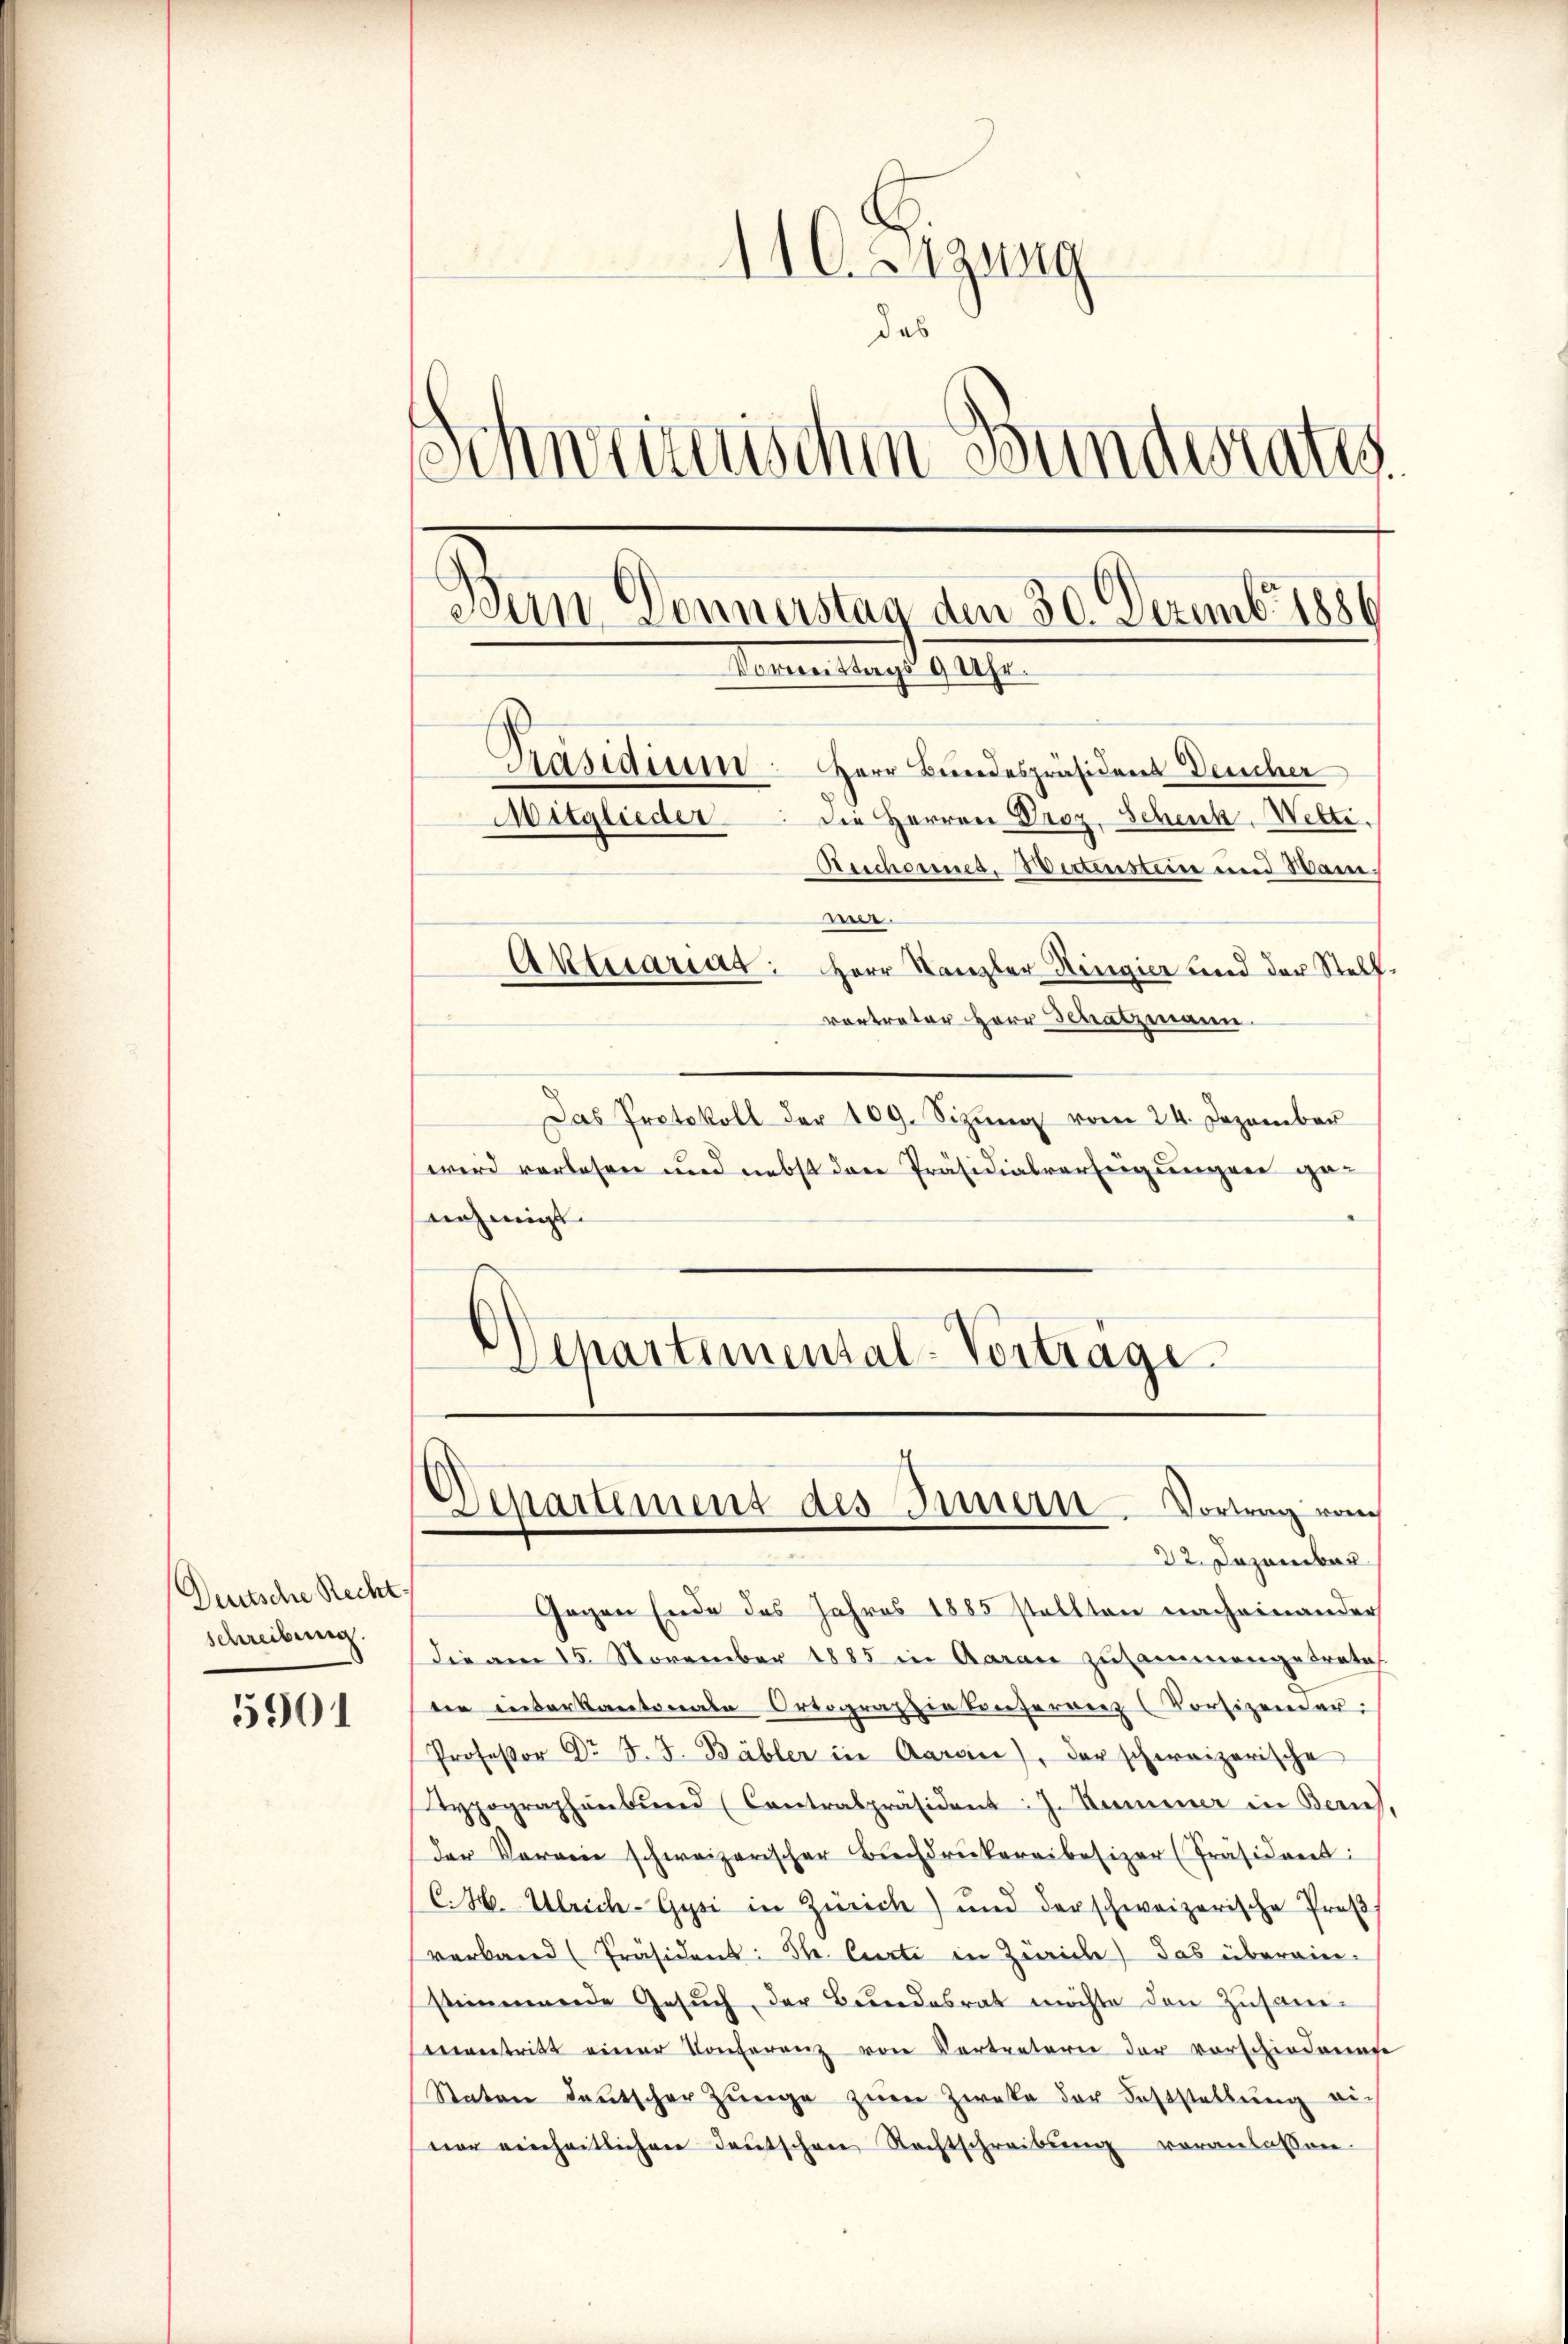
Deutsche Recht,
schreibung.

5901

i
110. anzung
das
Schweizerischen Bundesrates.
Bun Donnerstag den 30. Dezember 1886
Vormittags 9 Uhr.
Präsidium Herr Bundespräsidens Deucher
die Herren Droz. Schenk, Welti.
Mitglieder
Rerchornes, Wertenstein und Wander.
Aktesarias: Herr Kanzler Hingier und der Stellvortreter Herr Schatzmann.

Das Protokoll der 109. Sizŭng vom 24. Dezember
wird vorlesen und nebst den Präsidialverfügungen genehmigt.
6)
Separtemental-Vortrage

Departement des Innern Vortrag vo
22. Dezember

Gegen Ende des Jahres 1885 stellten nach einander
Die am 15. November 1885 in Aarau zusammengetrates
die interkantonale Ortographie Conferenz (Korsizender.
Professor Dr J. J. Bäbler in Aarein), der schweizerische
Typographenbŭnd (Contralpräsident: J. Nummer in Zürich,
der Verein schweizerischen Buchdruckereibesizer (Präsident:
(C.H. Ulrich-Gysi in Zürich) und der schweizerische Prof
verband (Präsident: Str. Curti in Zürich) das überein-
stimmende Gesŭch, der Bŭndesrat möchte den Zusam-
entritt einer Konferenz von Vertreterer der vorschiedenen
Staten Leŭtscher Züge zŭm Zwecke der Feststellŭng ein
ner einheitlichen Deutschen Nachtschreibŭng voranlassen.